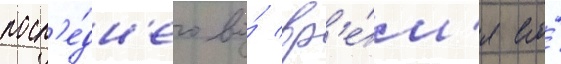
посл'е́дн'его во́ вр'е́м'я его́